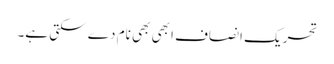
تحریک انصاف ابھی بھی نام دے سکتی ہے۔